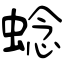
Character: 𬠖